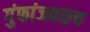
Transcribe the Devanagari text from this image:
गुंफांजवळच